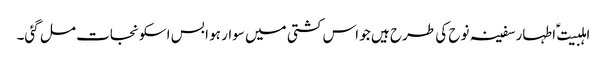
اہلبیت ؑ اطہار سفینہ نوح کی طرح ہیں جو اس کشتی میں سوار ہو ا بس اسکو نجات مل گئی۔